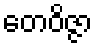
တေဝိဇ္ဇာ